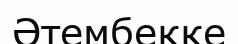
Әтембекке